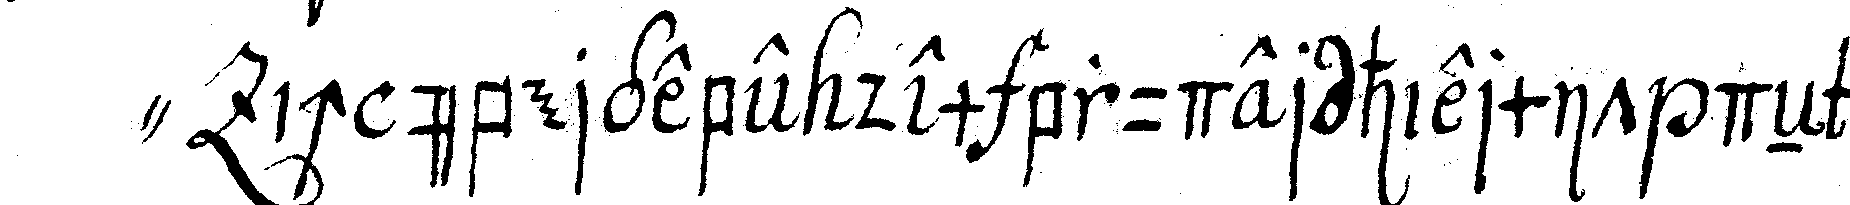
" ich übergebe dem bruder hiermit deN can